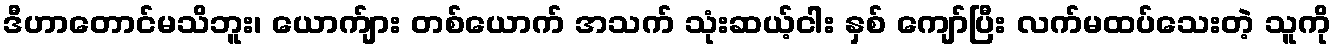
ဒီဟာတောင်မသိဘူး၊ ယောက်ျား တစ်ယောက် အသက် သုံးဆယ့်ငါး နှစ် ကျော်ပြီး လက်မထပ်သေးတဲ့ သူကို